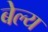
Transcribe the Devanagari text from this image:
बेल्य